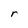
Character: r